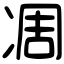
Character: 凋